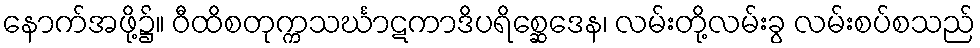
နောက်အဖို့၌။ ဝီထိစတုက္ကသင်္ဃာဋကာဒိပရိစ္ဆေဒေန၊ လမ်းတို့လမ်းခွ လမ်းစပ်စသည်